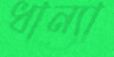
ধান্যা